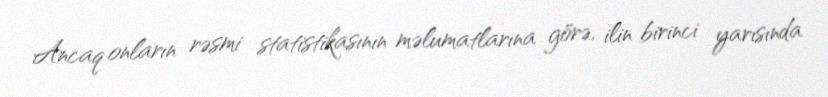
Ancaq onların rəsmi statistikasının məlumatlarına görə, ilin birinci yarısında